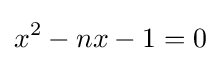
x^{2}-nx-1=0